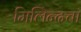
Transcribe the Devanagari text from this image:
मिलिन्दचा